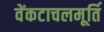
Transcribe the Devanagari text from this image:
वेंकटाचलमूर्ति